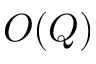
O ( Q )